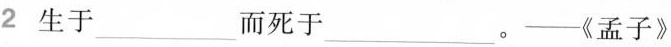
2 生于___ 而死于___。 ——《孟子》